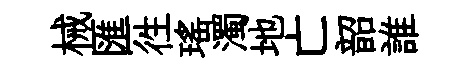
械匯徃瑤濁地亡韶誰